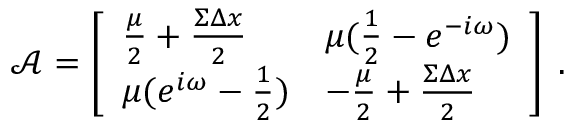
\boldsymbol { \mathcal { A } } = \left[ \begin{array} { l l } { \frac { \mu } { 2 } + \frac { \Sigma \Delta x } { 2 } } & { \mu ( \frac { 1 } { 2 } - e ^ { - i \omega } ) } \\ { \mu ( e ^ { i \omega } - \frac { 1 } { 2 } ) } & { - \frac { \mu } { 2 } + \frac { \Sigma \Delta x } { 2 } } \end{array} \right] \; .